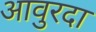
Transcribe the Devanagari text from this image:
आवुरदा